Document type: Sale
Year: 1235
Scribe: Pere de Bages
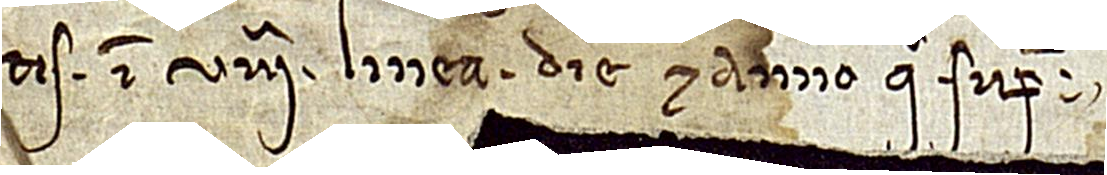
tis in VIIIª linea, die et anno quo supra.